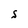
Character: S